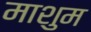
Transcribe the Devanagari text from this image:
माशुम